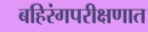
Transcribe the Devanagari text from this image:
बहिरंगपरीक्षणात